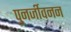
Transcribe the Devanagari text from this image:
पुनर्जीवनन